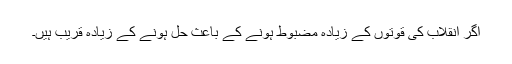
اگر انقلاب کی قوتوں کے زیادہ مضبوط ہونے کے باعث حل ہونے کے زیادہ قریب ہیں۔